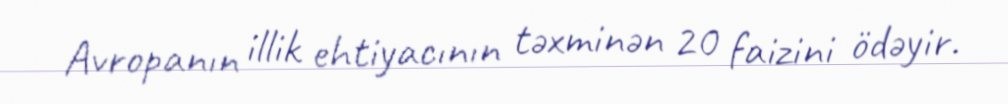
Avropanın illik ehtiyacının təxminən 20 faizini ödəyir.